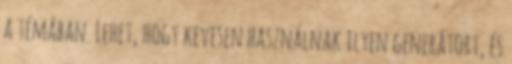
a témában. Lehet, hogy kevesen használnak ilyen generátort, és